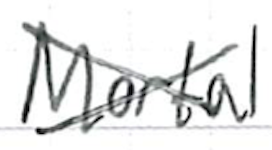
Text: Mortal
Cross-out: mix
Writing tool: ballpoint